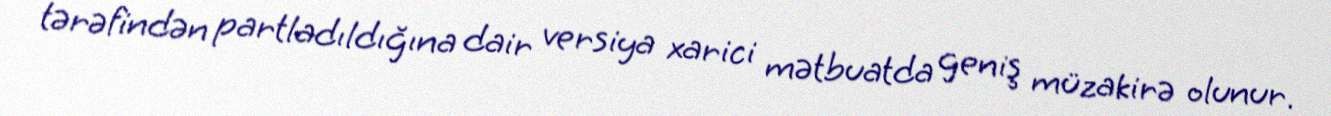
tərəfindən partladıldığına dair versiya xarici mətbuatda geniş müzakirə olunur.